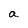
Character: a